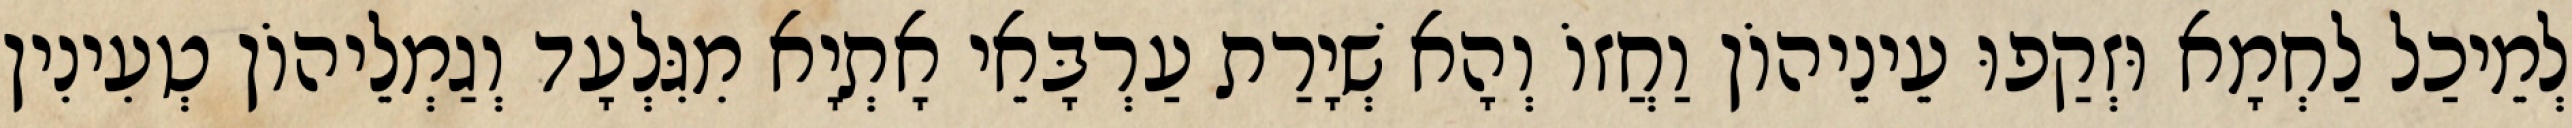
לְמֵיכַל לַחְמָא וּזְקַפוּ עֵינֵיהוֹן וַחֲזוֹ וְהָא שְׁיָרַת עַרְבָּאֵי אָתְיָא מִגִּלְעָד וְגַמְלֵיהוֹן טְעִינִין